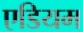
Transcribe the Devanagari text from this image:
एडियम